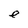
Character: e